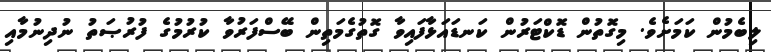
ލިބެމުން ކަމަށެވެ. މިގޮތުން ޑޮކްޓަރުން ކަނޑައަޅާފައިވާ ގޮތުގެމަތިން ބޭސްފަރުވާ ކުރުމުގެ ފުރުޞަތު ނުދިނުމާއި